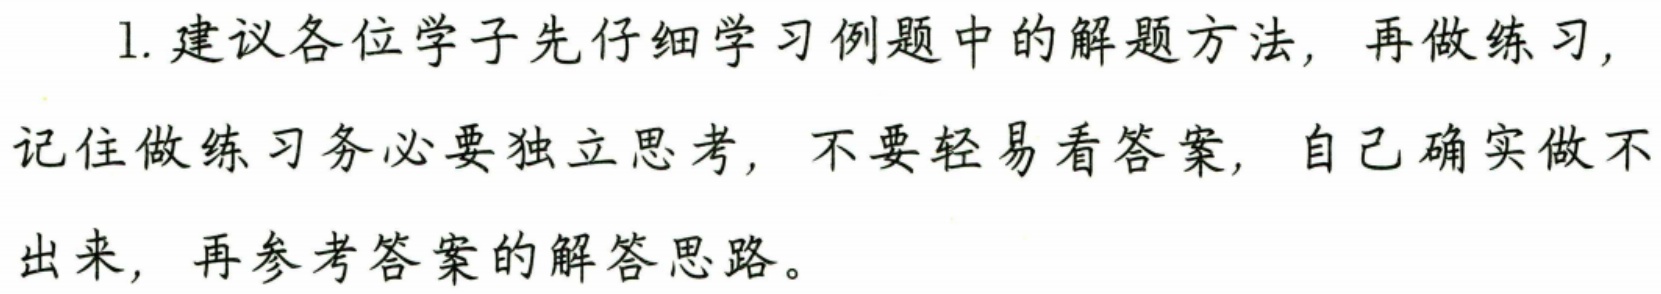
1. 建议各位学子先仔细学习例题中的解题方法，再做练习，
记住做练习务必要独立思考，不要轻易看答案，自己确实做不
出来，再参考答案的解答思路。